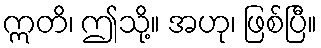
ဣတိ၊ ဤသို့။ အဟု၊ ဖြစ်ပြီ။